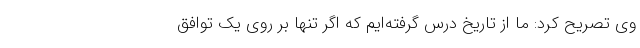
وی تصریح کرد: ما از تاریخ درس گرفته‌ایم که اگر تنها بر روی یک توافق